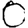
Digit: 0